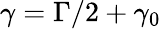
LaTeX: \gamma=\Gamma/2+\gamma_{0}